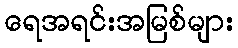
ရေအရင်းအမြစ်များ